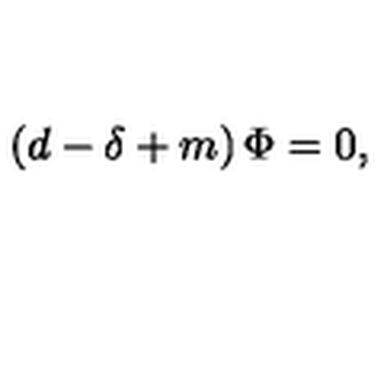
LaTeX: \left( d - \delta + m \right) \Phi = 0 ,